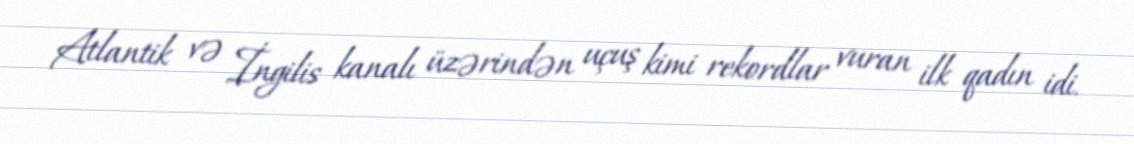
Atlantik və İngilis kanalı üzərindən uçuş kimi rekordlar vuran ilk qadın idi.